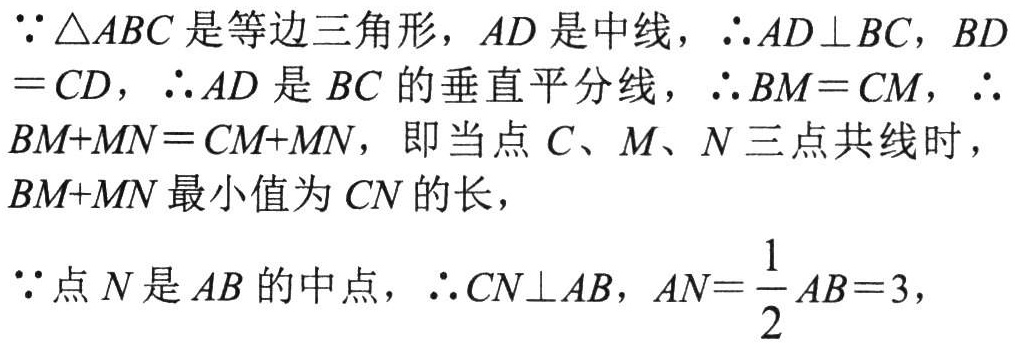
\(\because\triangle ABC\) 是等边三角形，\(AD\) 是中线，\(\therefore AD\perp BC\)，\(BD = CD\)，\(\therefore AD\) 是 \(BC\) 的垂直平分线，\(\therefore BM = CM\)，\(\therefore BM + MN=CM + MN\)，即当点 \(C、M、N\) 三点共线时，\(BM + MN\) 最小值为 \(CN\) 的长，
\(\because\) 点 \(N\) 是 \(AB\) 的中点，\(\therefore CN\perp AB\)，\(AN = \frac{1}{2}AB = 3\)，